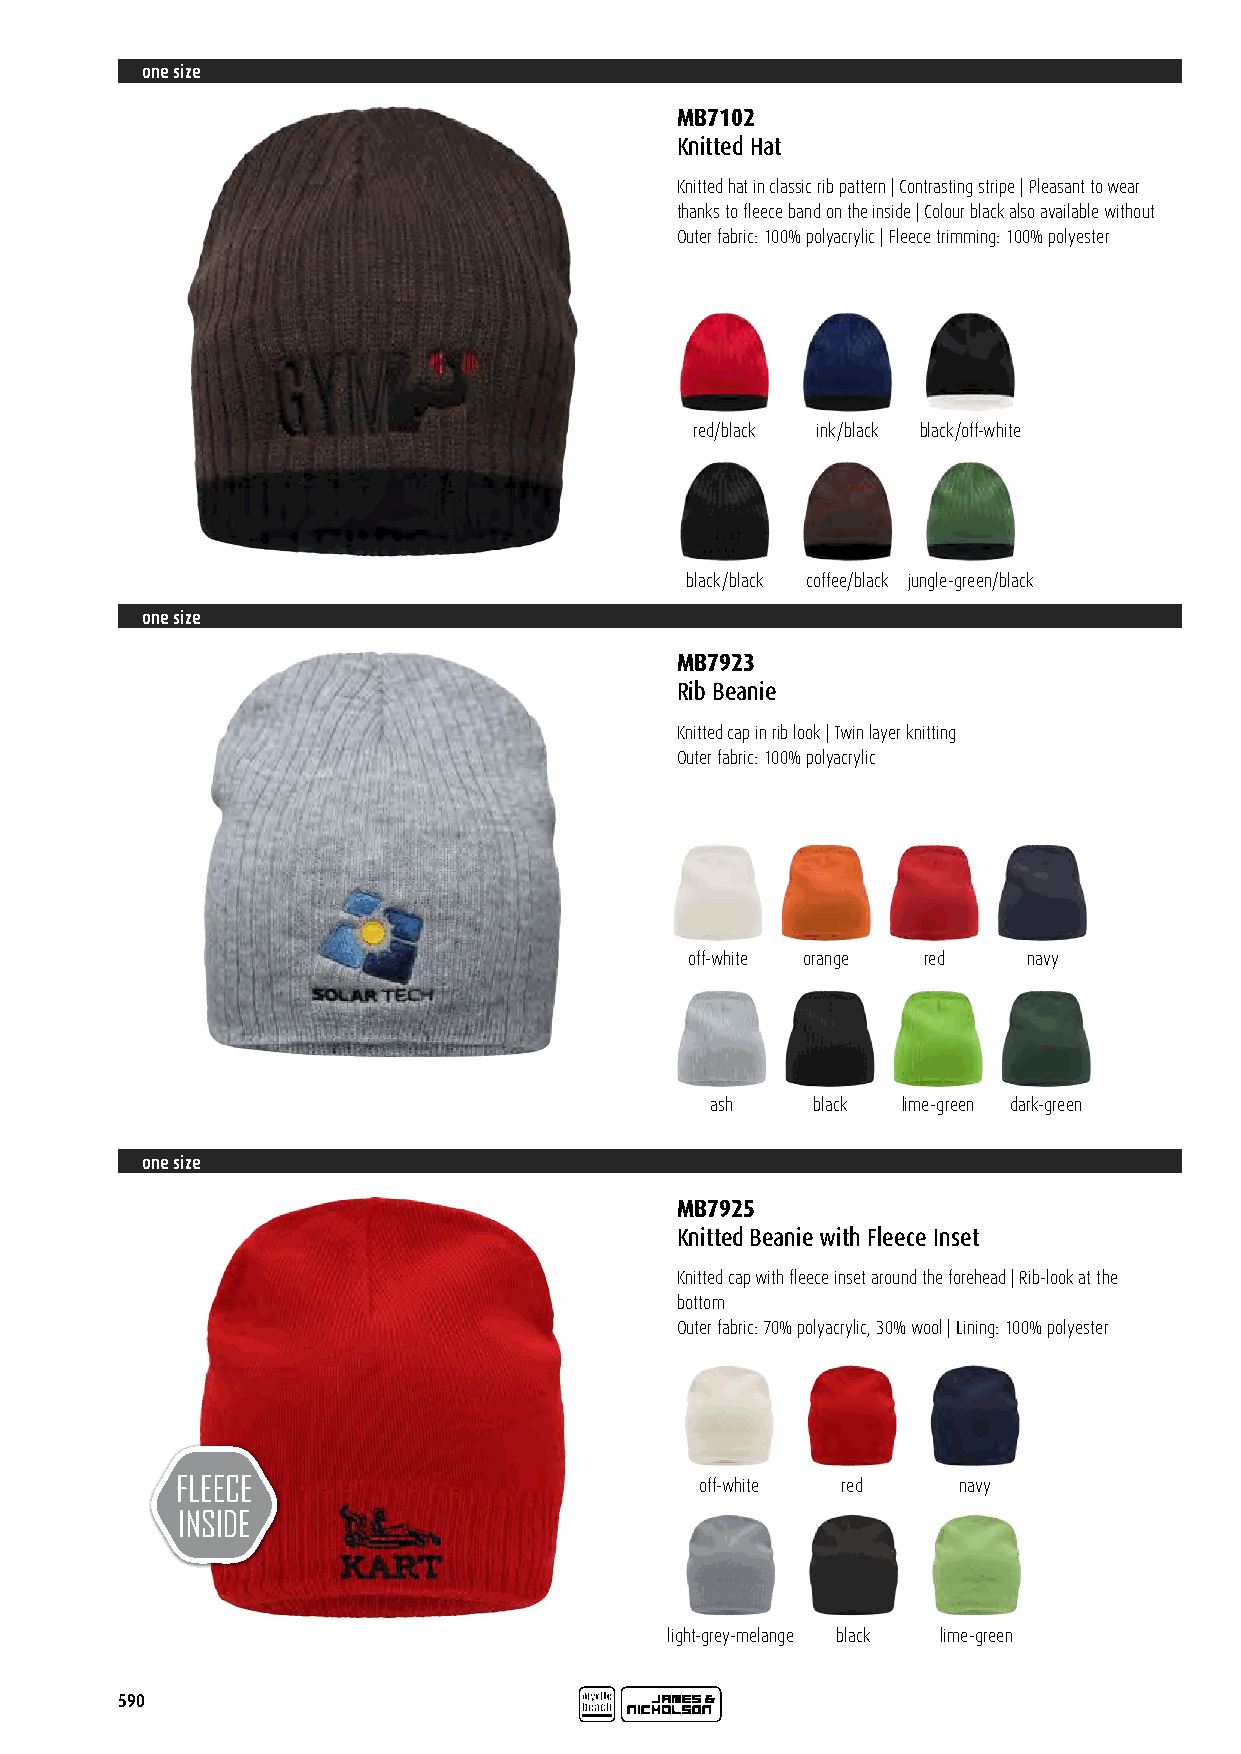
one size
 MB7102
 Knitted Hat
 Knitted hat in classic rib pattern | Contrasting stripe | Pleasant to wear
 thanks to fleece band on the inside | Colour black also available without
 Outer fabric: 100% polyacrylic | Fleece trimming: 100% polyester
 red/black ink/black black/off-white
 black/black coffee/black jungle-green/black
 one size
 MB7923
 Rib Beanie
 Knitted cap in rib look | Twin layer knitting
 Outer fabric: 100% polyacrylic
 off-white orange red  navy
 ash    black lime-green dark-green
 one size
 MB7925
 Knitted Beanie with Fleece Inset
 Knitted cap with fleece inset around the forehead | Rib-look at the
 bottom
 Outer fabric: 70% polyacrylic, 30% wool | Lining: 100% polyester
 off-white red    navy
 light-grey-melange black lime-green
 590